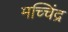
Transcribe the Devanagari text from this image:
मच्चिंद्र